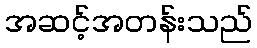
အဆင့်အတန်းသည်